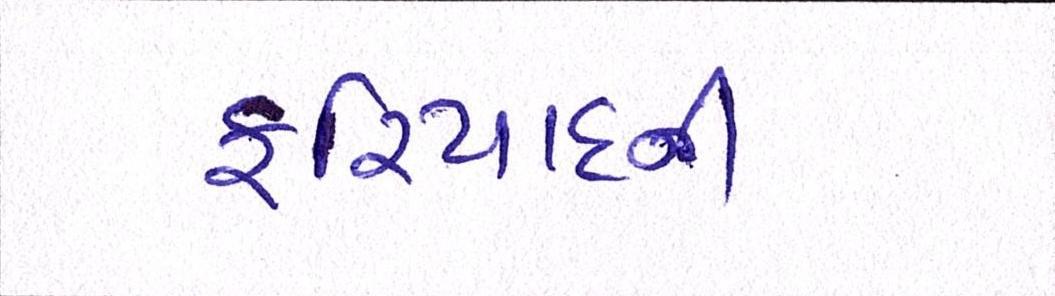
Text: ફરિયાદની